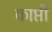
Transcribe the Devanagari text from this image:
काप्ती